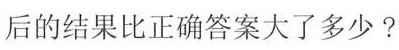
后的结果比正确答案大了多少?